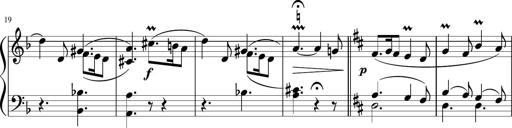
Title: 12 Keyboard Sonatinas
Composer: James Hook